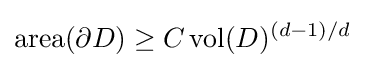
\operatorname {area} (\partial D)\geq C\operatorname {vol} (D)^{(d-1)/d}